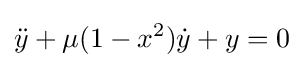
{\ddot {y}}+\mu (1-x^{2}){\dot {y}}+y=0